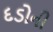
દડોની